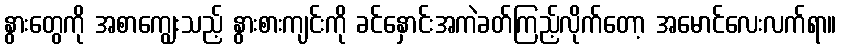
နွားတွေကို အစာကျွေးသည့် နွားစားကျင်းကို ခင်နှောင်းအကဲခတ်ကြည့်လိုက်တော့ အမောင်လေးလက်ရာ။